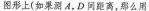
图形上(如果测A，D间距离，那么用